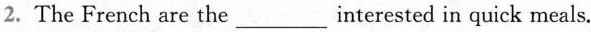
2. The French are the ___ interested in quick meals.